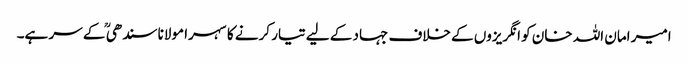
امیر امان اللہ خان کو انگریزوں کے خلاف جہاد کے لیے تیار کرنے کا سہرا مولانا سندھی ؒ کے سر ہے۔